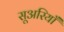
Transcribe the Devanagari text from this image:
सूअरियाँ